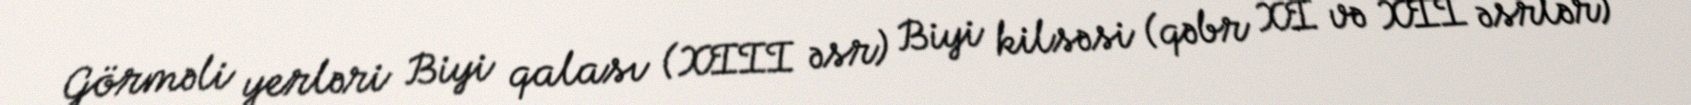
Görməli yerləri Biyi qalası (XIII əsr) Biyi kilsəsi (qəbr XI və XII əsrlər)